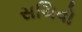
સચિવો